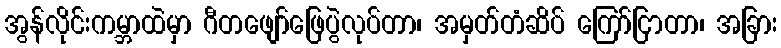
အွန်လိုင်းကမ္ဘာထဲမှာ ဂီတဖျော်ဖြေပွဲလုပ်တာ၊ အမှတ်တံဆိပ် ကြော်ငြာတာ၊ အခြား